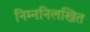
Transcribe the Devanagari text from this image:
निम्ननिलखित